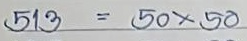
513 = 50 x 50